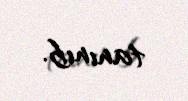
tanınıb.